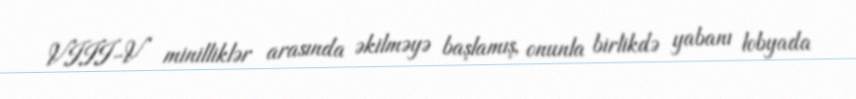
VIII-V minilliklər arasında əkilməyə başlamış, onunla birlikdə yabanı lobyada